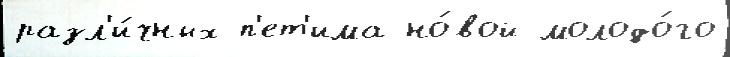
разл'и́чных п'ет'има но́вой молодо́го